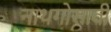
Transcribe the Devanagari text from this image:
नाथगोसावी